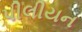
પીલીયન